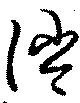
消